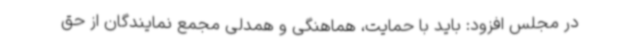
در مجلس افزود: باید با حمایت، هماهنگی و همدلی مجمع نمایندگان از حق